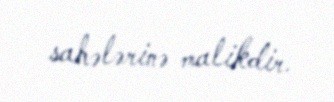
sahələrinə malikdir.